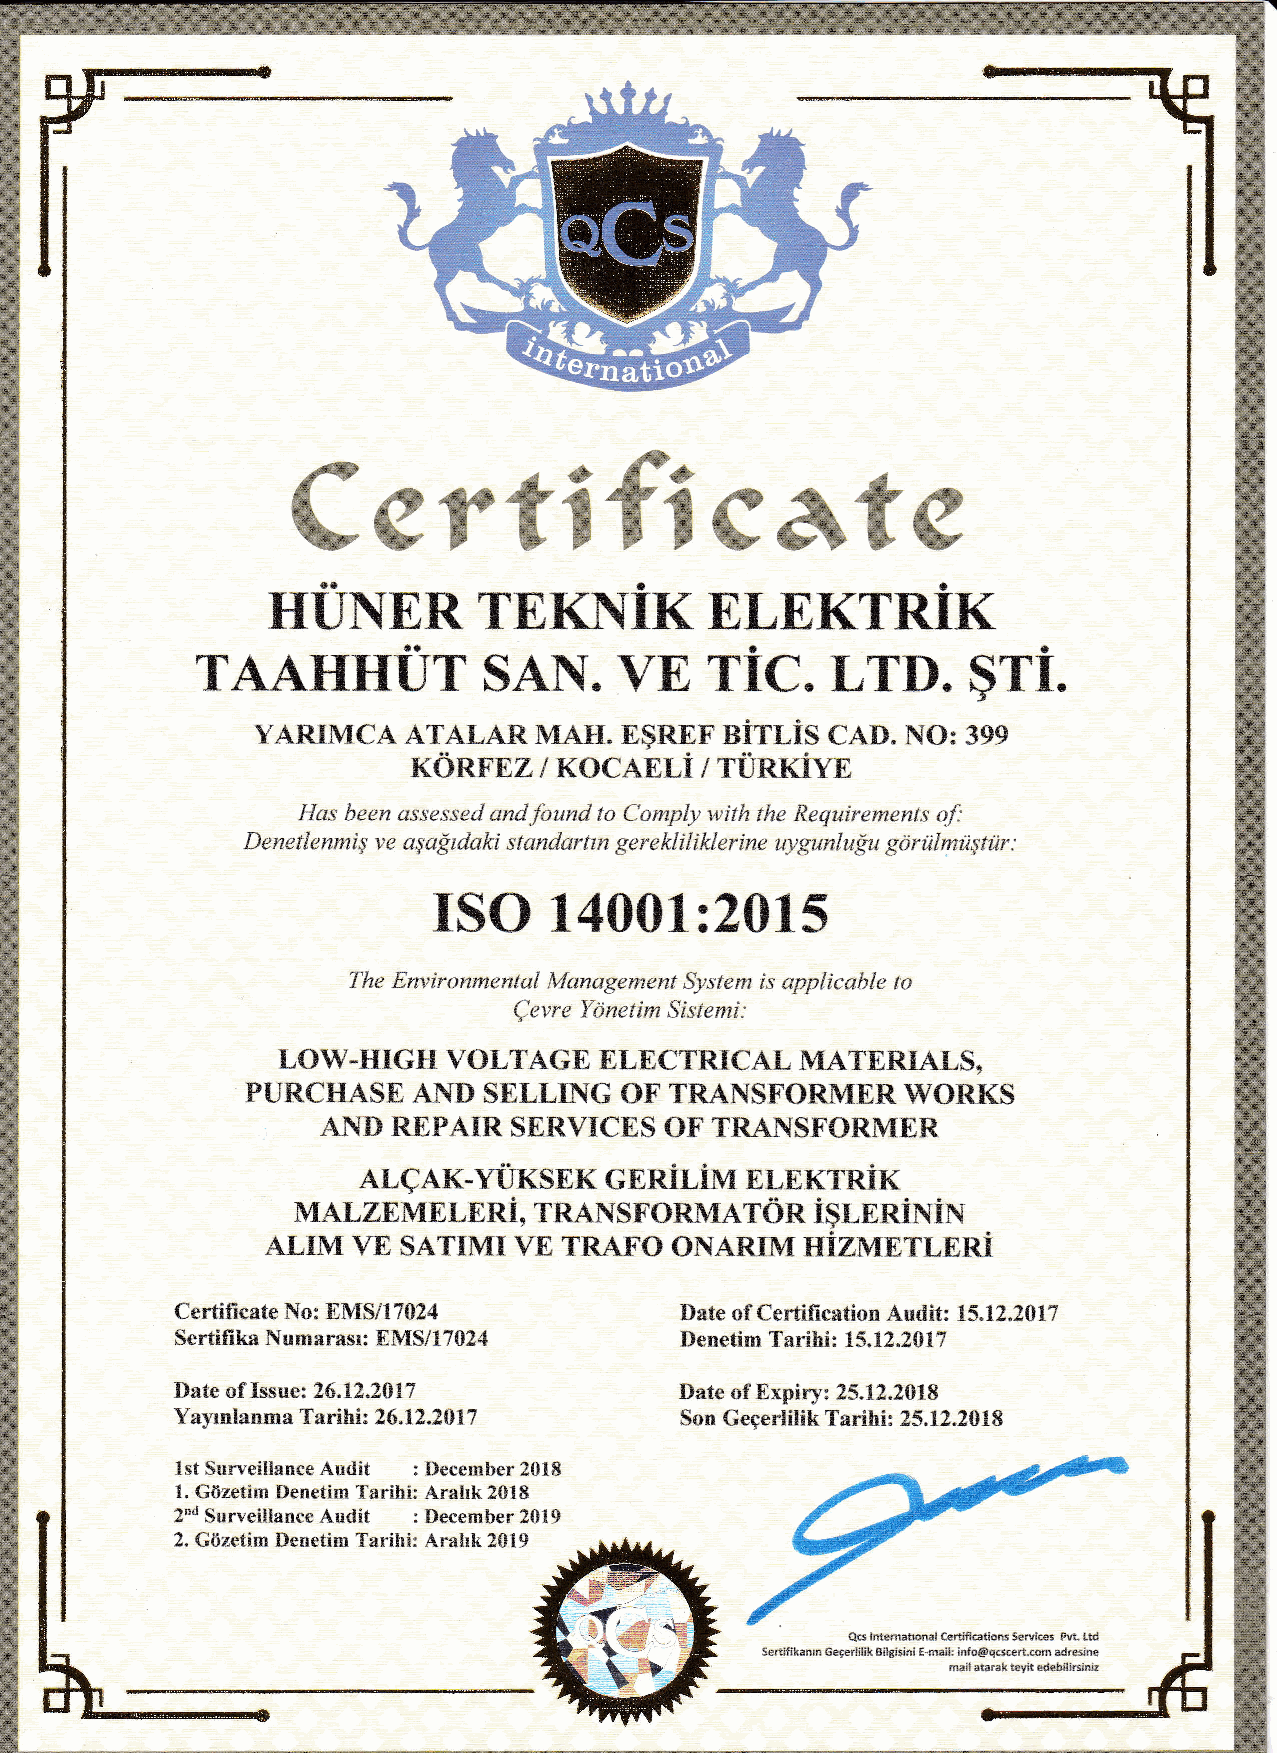
§
 ıı   ü
 ş
 ş
 ö               ı    ü
 ı         ı
 ş      ş  ğı              ı                           ğ    ö  ü   üş  ü
 §
 Ç  ı     ö
 ı
 ç     ü      ç    ı  ı  ı
 ı  ı                  ö    şı      ş
 ıı    ı   ı
 ı       §                                               ü
 §                 ı                                     ü
 ı                                   ç          ı               §
 ö                           ı
 ı
 ö                           ı
 İ      ı         İ    ü  ı§           ıİ   ı
 ı          €ç€         İ         €                 İ          €
 €  €     İ